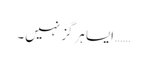
…… ایسا ہرگز نہیں۔